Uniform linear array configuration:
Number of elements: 32
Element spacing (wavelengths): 1
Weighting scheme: blackman
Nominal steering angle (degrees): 0
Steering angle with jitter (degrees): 0.7567
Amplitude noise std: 0.05
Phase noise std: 0.05

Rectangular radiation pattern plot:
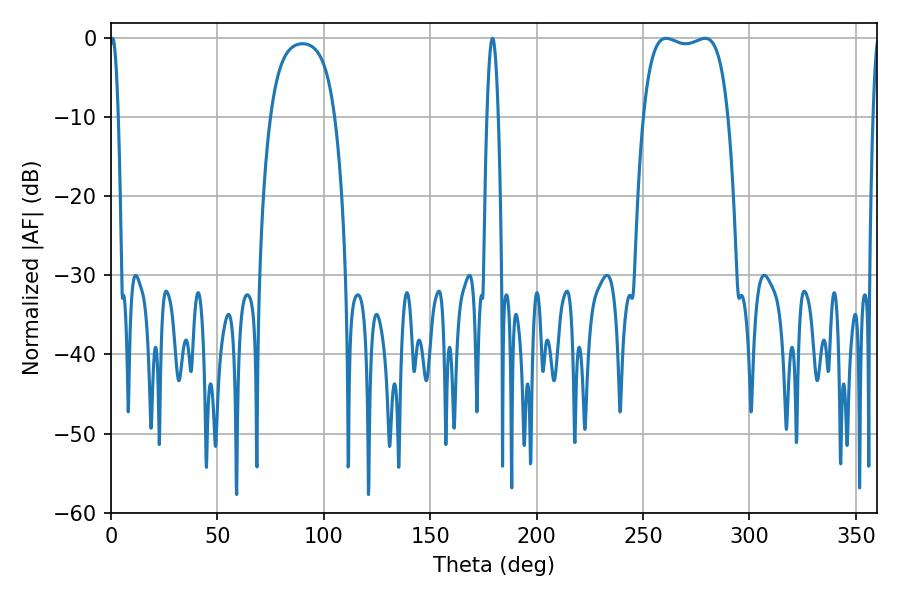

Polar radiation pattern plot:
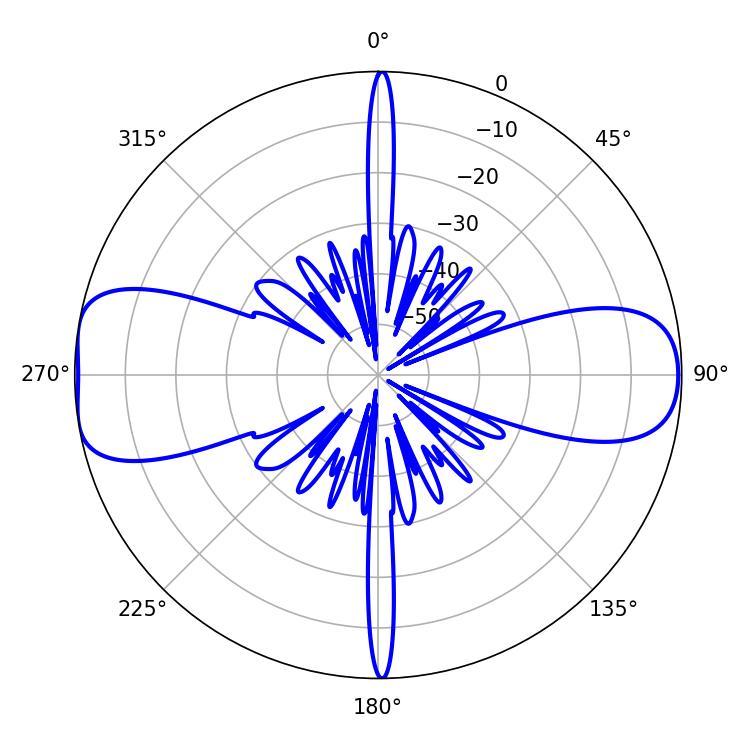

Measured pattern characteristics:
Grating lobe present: TRUE
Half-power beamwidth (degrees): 32.04
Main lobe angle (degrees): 260.82